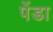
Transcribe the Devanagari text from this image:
पेंडा